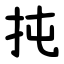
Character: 扽